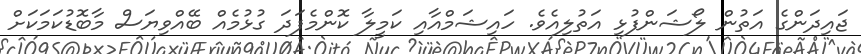
ޖައިދަންގެ އަތުން ލޯޝަންފުޅި އަތުލިއެވެ. ހައިޝަމްއާއި ކަމީލާ ކޮންމެފަދަ ގުޅުމެއް ބޭއްވިޔަސް މާބޮޑުކަމަކަށް